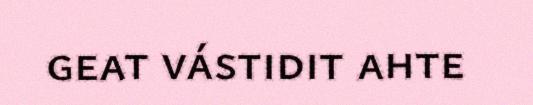
geat vástidit ahte